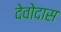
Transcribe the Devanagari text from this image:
देवोदास